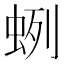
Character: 蛚